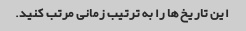
این تاریخ ها را به ترتیب زمانی مرتب کنید.